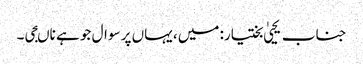
جناب یحییٰ بختیار: میں، یہاں پر سوال جو ہے ناںجی۔